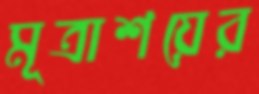
মূত্রাশয়ের